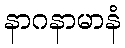
နာဂနာမာနံ